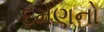
દમણનો